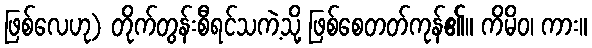
ဖြစ်လေဟု) တိုက်တွန်းစီရင်သကဲ့သို့ ဖြစ်စေတတ်ကုန်၏။ ကိမိဝ၊ ကား။